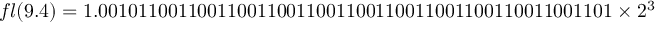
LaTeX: f l ( 9 . 4 ) = 1 . 0 0 1 0 1 1 0 0 1 1 0 0 1 1 0 0 1 1 0 0 1 1 0 0 1 1 0 0 1 1 0 0 1 1 0 0 1 1 0 0 1 1 0 0 1 1 0 0 1 1 0 1 \times 2 ^ { 3 }